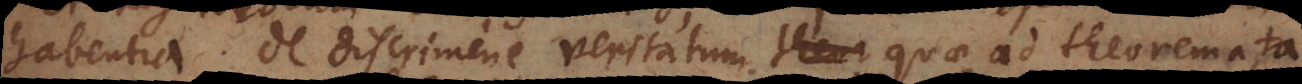
habentia. De discrimine veritatum theor quae ad theoremata